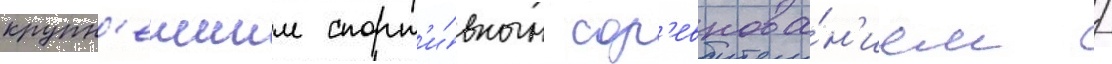
крупн'еишим спорт'и́вным сор'евнова́н'ием /